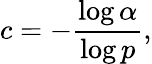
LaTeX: c=-{\frac{\log\alpha}{\log p}},